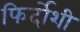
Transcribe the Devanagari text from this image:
फिर्दोशी